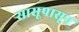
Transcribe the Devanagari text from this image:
सासूपासून